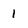
Character: 1